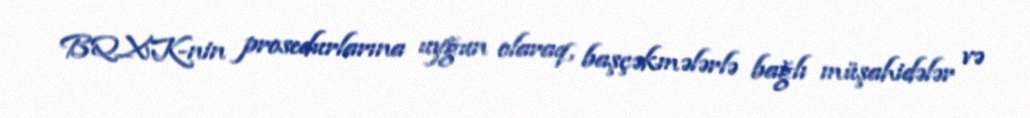
BQXK-nin prosedurlarına uyğun olaraq, başçəkmələrlə bağlı müşahidələr və